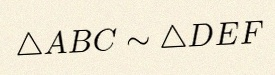
\triangle ABC\sim\triangle DEF